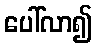
ပေါ်လာ၍